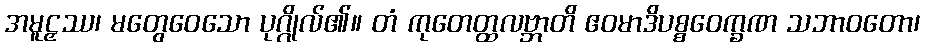
အမူဠှဿ၊ မတွေဝေသော ပုဂ္ဂိုလ်၏။ တံ ကုတေတ္ထလဗ္ဘာတိ ဧဝမာဒိပစ္စဝေက္ခဏ သဘာဝတော၊